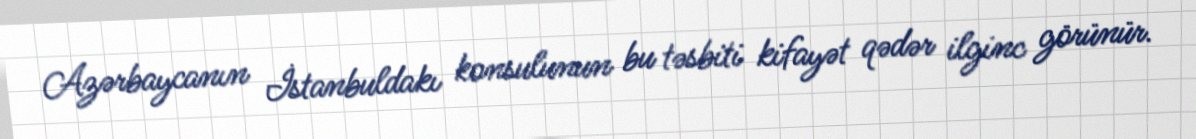
Azərbaycanın İstanbuldakı konsulunun bu təsbiti kifayət qədər ilginc görünür.